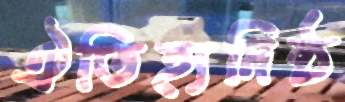
ঐতিহ্যনিষ্ঠ